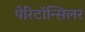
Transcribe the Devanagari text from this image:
पेरिटॉन्सिलर